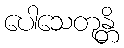
ပေါသေတုန္တိ